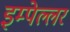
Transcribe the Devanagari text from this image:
इम्पेल्लर